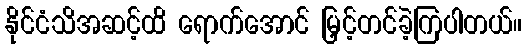
နိုင်ငံသိအဆင့်ထိ ရောက်အောင် မြှင့်တင်ခဲ့ကြပါတယ်။